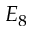
E _ { 8 }